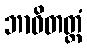
ဘာဝိတတ္တံ